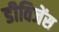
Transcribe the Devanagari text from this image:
डीविजेंस